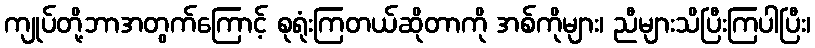
ကျုပ်တို့ဘာအတွက်ကြောင့် စုရုံးကြတယ်ဆိုတာကို အစ်ကိုများ၊ ညီများသိပြီးကြပါပြီး၊